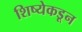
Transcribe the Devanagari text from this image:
शिष्येकडून